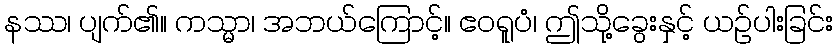
နဿ၊ ပျက်၏။ ကသ္မာ၊ အဘယ်ကြောင့်။ ဧဝရူပံ၊ ဤသို့ခွေးနှင့် ယဉ်ပါးခြင်း